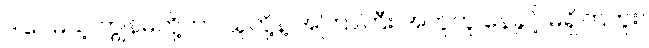
ဒါပေမယ့် ကျွန်မတို့ဟာ သူတို့နဲ့ အကြာကြီး အတူတူ နေခွင့် မရှိကြဘူး။